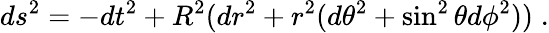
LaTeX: ds^{2}=-dt^{2}+R^{2}(dr^{2}+r^{2}(d\theta^{2}+\sin^{2}\theta d\phi^{2}))\; .